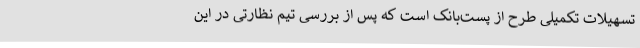
تسهیلات تکمیلی طرح از پست‌بانک است که پس از بررسی تیم نظارتی در این